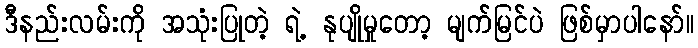
ဒီနည်းလမ်းကို အသုံးပြုတဲ့ ရဲ့ နုပျိုမှုတော့ မျက်မြင်ပဲ ဖြစ်မှာပါနော်။